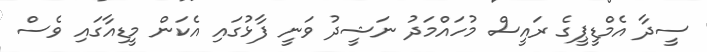
ސީދާ އެމްޑީޕީގެ ރައީސް މުހައްމަދު ނަޝީދު ވަނީ ފާޅުގައި އެކަން މީޑިއާގައި ވެސް